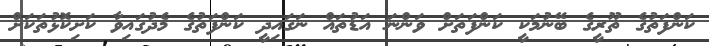
ކަންފަތުގެ ތޫރީގެ ބޭނުމަކީ ކަންފަތަށް ވަންނަ އަޑުތައް ނަގައިދީ ކަންފަތުގެ މެދުގައިވާ ކަށިކޮޅުތަކަށް